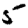
Digit: 5